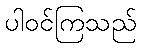
ပါဝင်ကြသည်